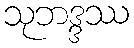
သုဘဒ္ဒဿ